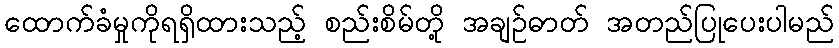
ထောက်ခံမှုကိုရရှိထားသည့် စည်းစိမ်တို့ အချဉ်ဓာတ် အတည်ပြုပေးပါမည်